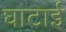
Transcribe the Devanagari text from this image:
घाटाई